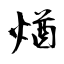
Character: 煪